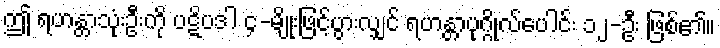
ဤ ရဟန္တာသုံးဦးကို ပဋိပဒါ ၄-မျိုးဖြင့်ပွားလျှင် ရဟန္တာပုဂ္ဂိုလ်ပေါင်း ၁၂-ဦး ဖြစ်၏။